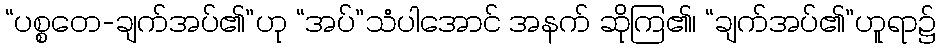
“ပစ္စတေ-ချက်အပ်၏”ဟု “အပ်”သံပါအောင် အနက် ဆိုကြ၏၊ “ချက်အပ်၏”ဟူရာ၌